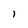
Character: l